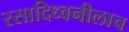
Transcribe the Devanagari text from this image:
रसादिध्वनीलाच